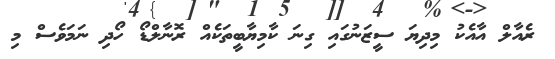
ރެއާލް އާއެކު މިދިޔަ ސީޒަނުގައި ގިނަ ކާމިޔާބީތަކެއް ރޮނާލްޑޯ ހޯދި ނަމަވެސް މި